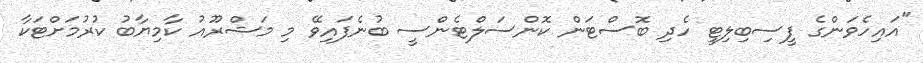
"އައިހެވަންގެ ފީސިބިލިޓީ ހެދި ބޮސްޓަން ކޮންސަލްޓެންސީ ބުނެފައިވޭ މި މަޝްރޫއު ކާމިޔާބު ކުރުމަށްޓަކާ